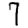
Digit: 7